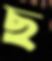
ছ